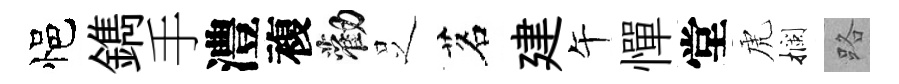
悒鐫手澧複勸𠯁茗建午憚堂虎攔路